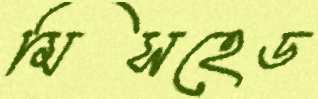
মিসহেড